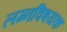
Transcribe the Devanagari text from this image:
लग्नविषयक